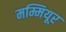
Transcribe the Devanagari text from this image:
मम्मियूर